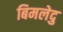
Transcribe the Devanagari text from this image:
बिमलेदु